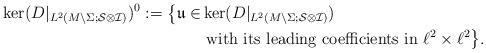
LaTeX: \begin{align*}\ker(D|_{L^2(M\setminus\Sigma;\mathcal{S}\otimes \mathcal{I})})^0:=\big\{\mathfrak{u}\in&\ker(D|_{L^2(M\setminus\Sigma;\mathcal{S}\otimes\mathcal{I})})\\&\mbox{ with its leading coefficients in }\ell^2\times\ell^2\big\}.\end{align*}